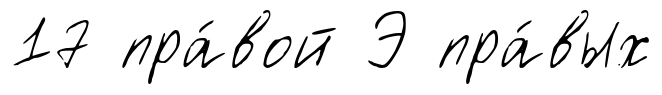
17 пра́вой Э пра́вых